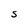
Character: S